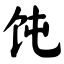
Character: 饨